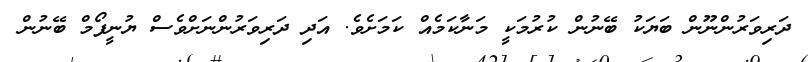
ދަރިވަރުންނޫން ބަޔަކު ބޭނުން ކުރުމަކީ މަނާކަމެއް ކަމަށެވެ. އަދި ދަރިވަރުންނަށްވެސް ޔުނީފޯމް ބޭނުން